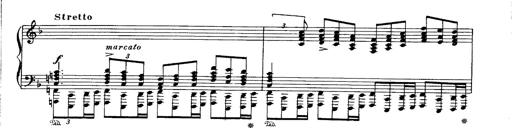
Title: Paraphrase de concert sur Ernani II
Composer: Franz Liszt